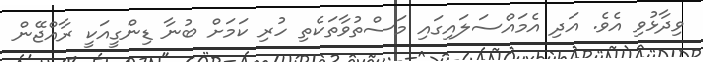
ވިދާޅުވި އެވެ. އަދި އެމައްސަލައިގައި މަސްތުވާތަކެތި ހުރި ކަމަށް ބުނާ ޑިންގީއަކީ ރާއްޖޭން